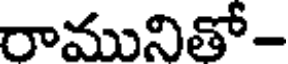
రామునితో-